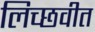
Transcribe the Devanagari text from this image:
लिच्छवीत